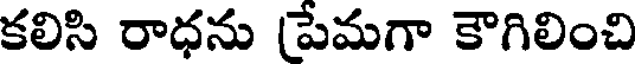
కలిసి రాధను పేమగా కౌగిలించి